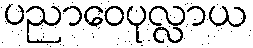
ပညာဝေပုလ္လာယ